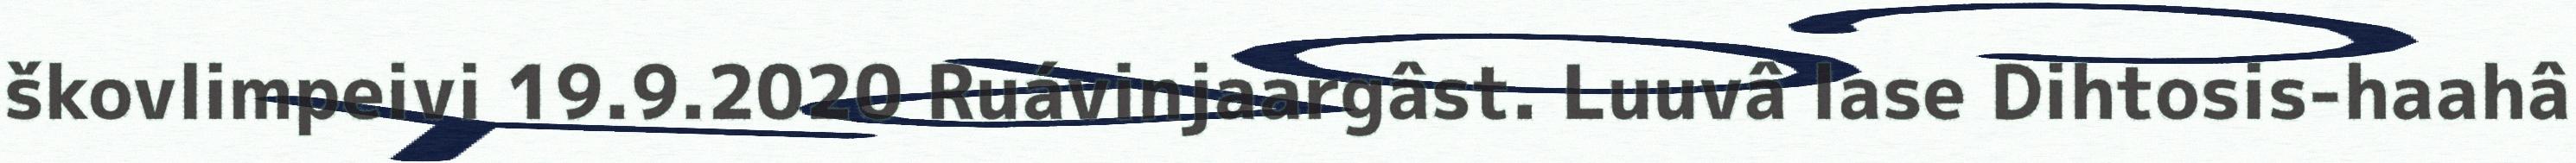
škovlimpeivi 19.9.2020 Ruávinjaargâst. Luuvâ lase Dihtosis-haahâ